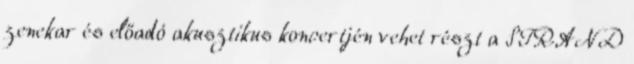
zenekar és előadó akusztikus koncertjén vehet részt a STRAND